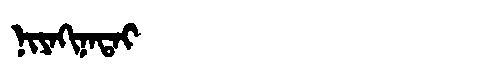
Manchu: ᠨᡳᠶᠠᡴᡳᠨᠠᡨᠠᡳ
Romanization: NIYAKINATAI